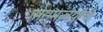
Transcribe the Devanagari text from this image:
धर्मसमन्वयाची